Report on sanitation, dispensaries, and jails in Rajputana for 1912, and on vaccination for the year 1912-1913 - 1912-1913
Year: 1912
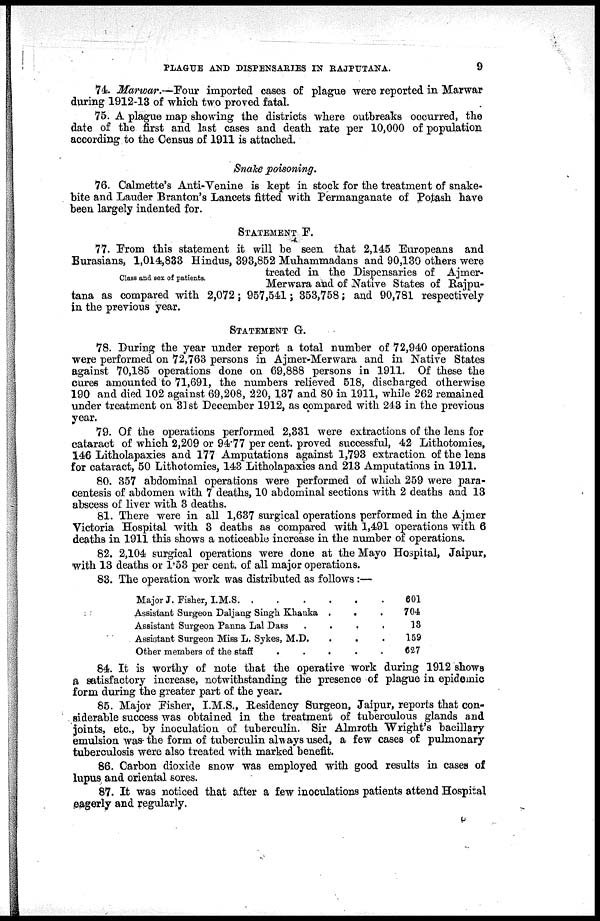
PLAGUE AND DISPENSARIES IN RAJPUTANA.
9
74. Marwar.—Four imported cases of plague were reported in Marwar
during 1912-13 of which two proved fatal.
75. A plague map showing the districts where outbreaks occurred, the
date of the first and last cases and death rate per 10,000 of population
according to the Census of 1911 is attached.
Snake poisoning.
76. Calmette's Anti-Venine is kept in stock for the treatment of snake-
bite and Lauder Branton's Lancets fitted with Permanganate of Potash have
been largely indented for.
STATEMENT F.
Class and sex of patients.
77. From this statement it will be seen that 2,145 Europeans and
Eurasians, 1,014,833 Hindus, 393,852 Muhammadans and 90,130 others were
treated in the Dispensaries of Ajmer-
Merwara and of Native States of Rajpu-
tana as compared with 2,072; 957,541; 353,758; and 90,781 respectively
in the previous year.
STATEMENT G.
78. During the year under report a total number of 72,940 operations
were performed on 72,763 persons in Ajmer-Merwara and in Native States
against 70,185 operations done on 69,888 persons in 1911. Of these the
cures amounted to 71,691, the numbers relieved 518, discharged otherwise
190 and died 102 against 69,208, 220, 137 and 80 in 1911, while 262 remained
under treatment on 31 st December 1912, as compared with 243 in the previous
year.
79. Of the operations performed 2,331 were extractions of the lens for
cataract of which 2,209 or 94.77 per cent. proved successful, 42 Lithotomies,
146 Litholapaxies and 177 Amputations against 1,793 extraction of the lens
for cataract, 50 Lithotomies, 143 Litholapaxies and 213 Amputations in 1911.
80. 357 abdominal operations were performed of which 259 were para-
centesis of abdomen with 7 deaths, 10 abdominal sections with 2 deaths and 13
abscess of liver with 3 deaths.
81. There were in all 1,637 surgical operations performed in the Ajmer
Victoria Hospital with 3 deaths as compared with 1,491 operations with 6
deaths in 1911 this shows a noticeable increase in the number of operations.
82. 2,104 surgical operations were done at the Mayo Hospital, Jaipur,
with 13 deaths or 1.53 per cent. of all major operations.
83. The operation work was distributed as follows :—
84. It is worthy of note that the operative work during 1912 shows
a satisfactory increase, notwithstanding the presence of plague in epidemic
form during the greater part of the year.
85. Major Fisher, I.M.S., Residency Surgeon, Jaipur, reports that con-
siderable success was obtained in the treatment of tuberculous glands and
joints, etc., by inoculation of tuberculin. Sir Almroth Wright's bacillary
emulsion was the form of tuberculin always used, a few cases of pulmonary
tuberculosis were also treated with marked benefit.
86. Carbon dioxide snow was employed with good results in cases of
lupus and oriental sores.
87. It was noticed that after a few inoculations patients attend Hospital
eagerly and regularly.
Major J. Fisher, I.M.S
.
.
.
.
.
.
Assistant Surgeon Daljang Singh Khanka . . .
Assistant Surgeon Panna Lal Dass
.
.
.
.
.
Assistant Surgeon Miss L. Sykes, M.D. . . . .
Other members of the staff
.
.
.
.
.
.
601
704
13
159
627